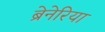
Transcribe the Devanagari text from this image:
ब्रेनेरिया